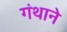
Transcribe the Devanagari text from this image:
गंथाने